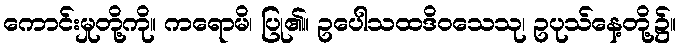
ကောင်းမှုတို့ကို။ ကရောမိ၊ ပြု၏။ ဥပေါသထဒိဝသေသု၊ ဥပုသ်နေ့တို့၌။